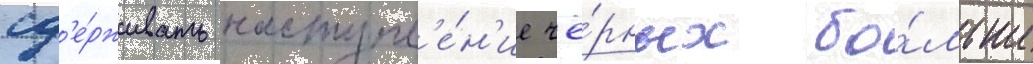
сд'е́рживать наступл'е́н'ие чё́рных бо́льше